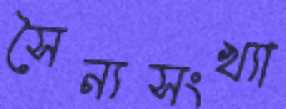
সৈন্যসংখ্যা